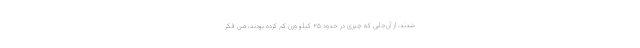
شدند، از آن‌جایی که چیزی در حدود ۲۵ کیلو وزن کم کرده بودند، من فکر